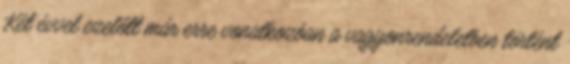
Két évvel ezelőtt már erre vonatkozóan a vagyonrendeletben történt